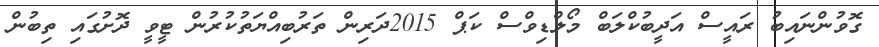
ގޮވުންނައިބު ރައީސް އަދީބުކްލަބް މޯލްޑިވްސް ކަޕް 2015ދަރިން ތަރުބިއްޔަތުކުރުން ޓީވީ ދޮށުގައި ތިބުން